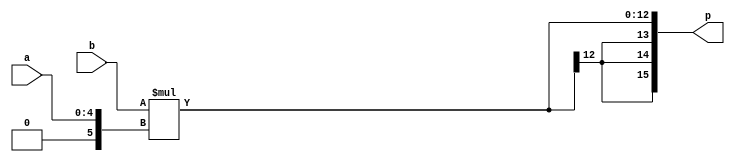
module mult58s(input [4:0] a, input signed [7:0] b, output signed [15:0] p);
wire signed [12:0] pt;
wire signed [5:0] ta;
assign ta = a;
assign pt =  b * ta;
assign p=pt;
endmodule